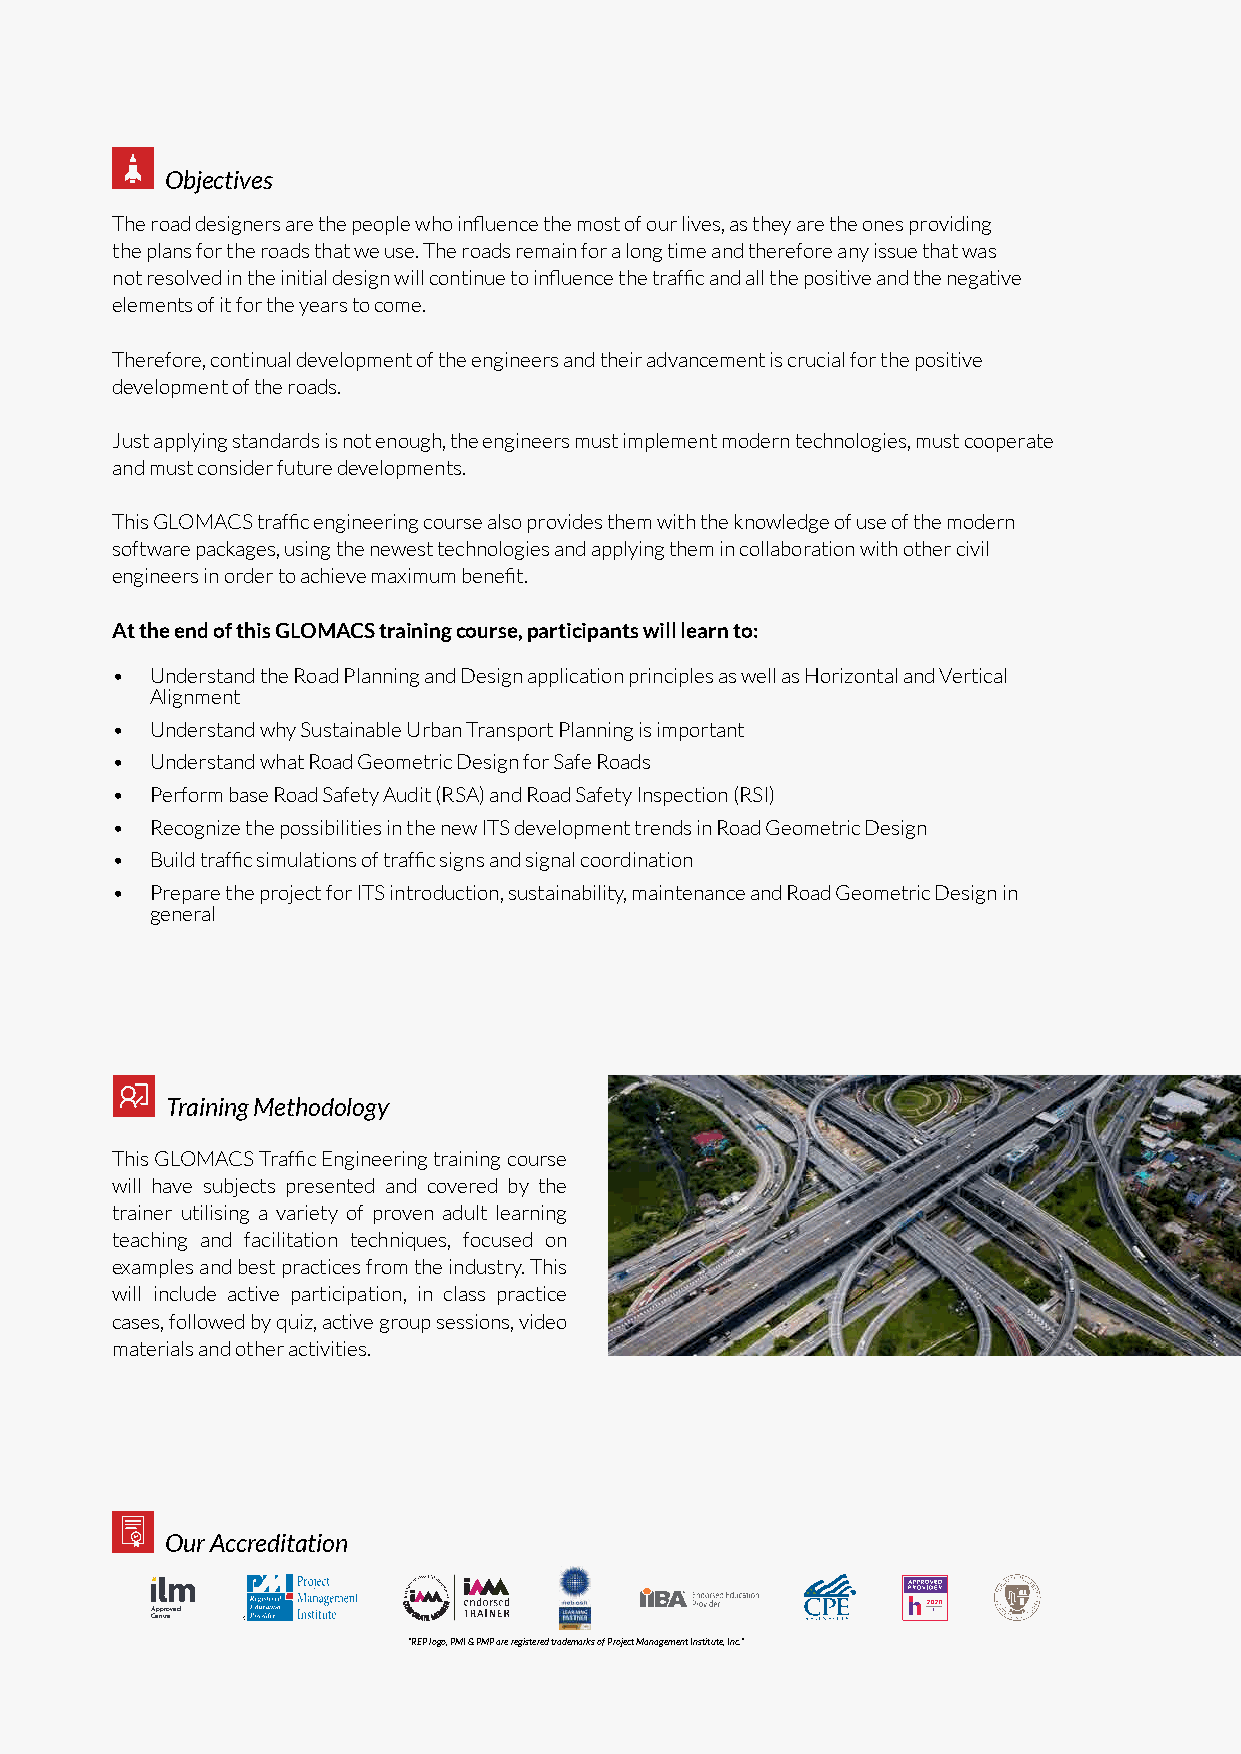
Objectives
 The road designers are the people who influence the most of our lives, as they are the ones providing
 the plans for the roads that we use. The roads remain for a long time and therefore any issue that was
 not resolved in the initial design will continue to influence the traffic and all the positive and the negative
 elements of it for the years to come.
 Therefore, continual development of the engineers and their advancement is crucial for the positive
 development of the roads.
 Just applying standards is not enough, the engineers must implement modern technologies, must cooperate
 and must consider future developments.
 This GLOMACS traffic engineering course also provides them with the knowledge of use of the modern
 software packages, using the newest technologies and applying them in collaboration with other civil
 engineers in order to achieve maximum benefit.
 At the end of this GLOMACS training course, participants will learn to:
 •  Understand the Road Planning and Design application principles as well as Horizontal and Vertical
 Alignment
 •  Understand why Sustainable Urban Transport Planning is important
 •  Understand what Road Geometric Design for Safe Roads
 •  Perform base Road Safety Audit (RSA) and Road Safety Inspection (RSI)
 •  Recognize the possibilities in the new ITS development trends in Road Geometric Design
 •  Build traffic simulations of traffic signs and signal coordination
 •  Prepare the project for ITS introduction, sustainability, maintenance and Road Geometric Design in
 general
 Training Methodology
 This GLOMACS Traffic Engineering training course
 will have subjects presented and covered by the
 trainer utilising a variety of proven adult learning
 teaching and facilitation techniques, focused on
 examples and best practices from the industry. This
 will include active participation, in class practice
 cases, followed by quiz, active group sessions, video
 materials and other activities.
 Our Accreditation
 Approved
 Centre
 “REP logo, PMI & PMP are registered trademarks of Project Management Institute, Inc.”